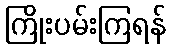
ကြိုးပမ်းကြရန်